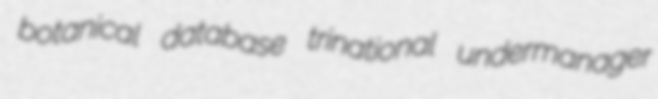
botanical database trinational undermanager